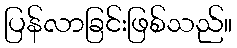
ပြန်လာခြင်းဖြစ်သည်။